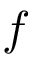
f